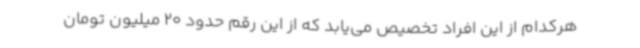
هرکدام از این افراد تخصیص می‌یابد که از این رقم حدود 20 میلیون تومان